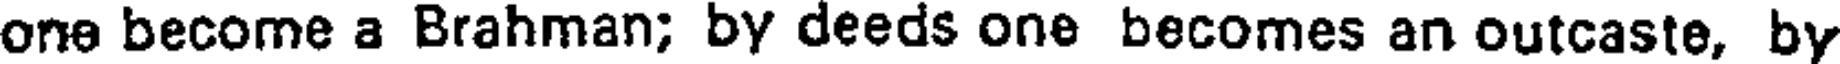
one become a Brahman; by deeds one becomes an outcaste, by